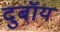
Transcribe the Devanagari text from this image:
दुबॉय